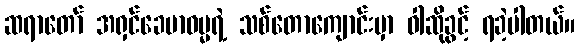
ဆရာတော် အရှင်ခေမာဓမ္မရဲ့ သစ်တောကျောင်းမှာ ဝါဆိုခွင့် ရခဲ့ပါတယ်။